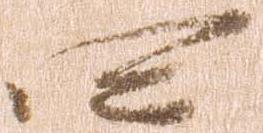
四